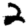
Digit: 2